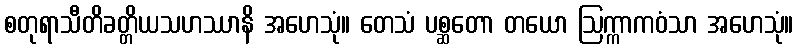
စတုရာသီတိခတ္တိယသဟဿာနိ အဟေသုံ။ တေသံ ပစ္ဆတော တယော ဩက္ကာကဝံသာ အဟေသုံ။